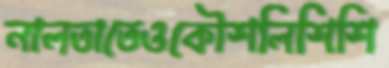
নালতাতেওকৌশলিশিশি